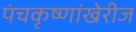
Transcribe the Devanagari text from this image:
पंचकृष्णांखेरीज